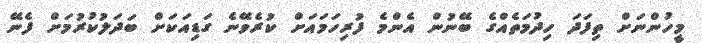
މީހުންނަށް ތިފަދަ ހިދުމަތެއްގެ ބޭނުން އެންމެ ފުރިހަމައަށް ކުރެވޭނެ ގަޑިއަކަށް ބަދަލުކުރުމަށް ފެނޭ